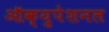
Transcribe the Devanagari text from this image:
ऑक्युपेशनल